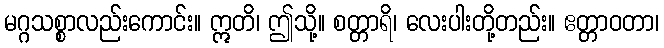
မဂ္ဂသစ္စာလည်းကောင်း။ ဣတိ၊ ဤသို့။ စတ္တာရိ၊ လေးပါးတို့တည်း။ ဧတ္တာဝတာ၊